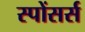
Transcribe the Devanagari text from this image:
स्पोंसर्स